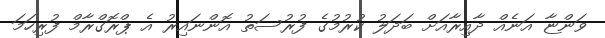
ވަންޏާ އަނެއް ދާއިރާއަށް ބަދަލު ކުރުމުގެ ފުރުސަތު އޮންނައިރު އެ ޕްރޮގްރާމް ފުރިހަމަ